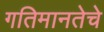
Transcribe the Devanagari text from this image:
गतिमानतेचे